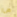
ما